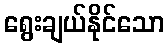
ရွေးချယ်နိုင်သော